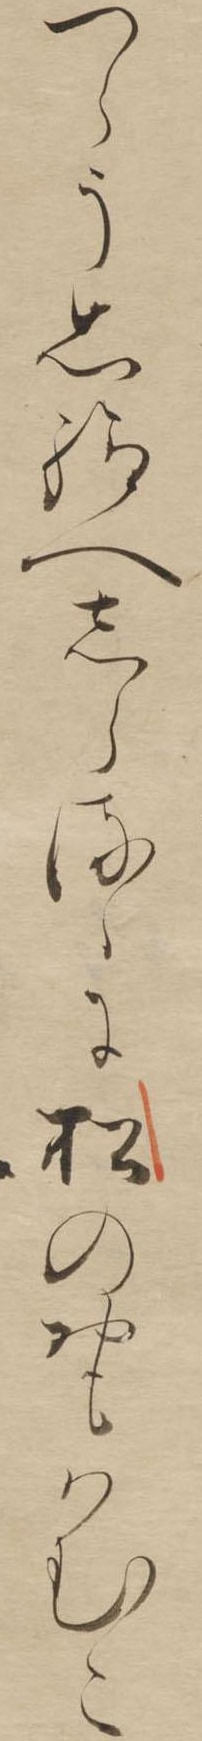
つらう思給へしらるゝに松のおもはむこ